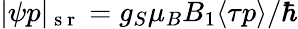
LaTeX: |\psi p|_{\mathrm{~s~r~}}=g_{S}\mu_{B}B_{1}\langle\tau p\rangle/\hbar